Report on enteric fever
Disease focus: Fever
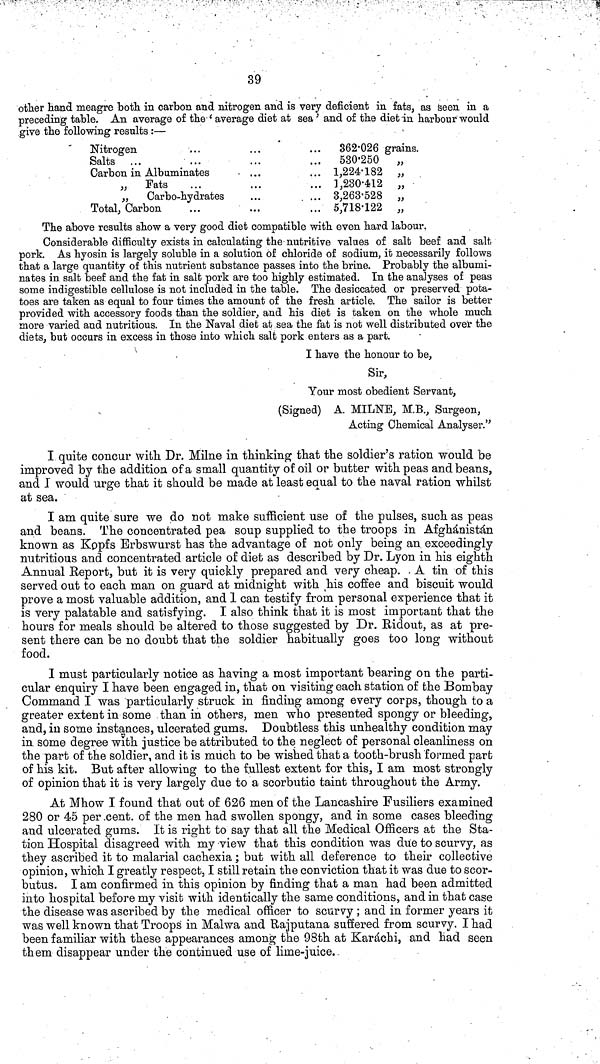
39
other hand meagre both in carbon and nitrogen and is very deficient in fats, as seen in a
preceding table. An average of the 'average diet at sea' and of the diet in harbour would
give the following results :—
Nitrogen ...
Salts ... ...
Carbon in Albuminates
„ Fats ...
„
Carbo-hydrates
Total, Carbon ...
362·026
530·250
1,224·182
1,230·412
3,263·528
5,718·122
grains.
,,
,,
,,
,,
,,
The above results show a very good diet compatible with even hard labour.
Considerable difficulty exists in calculating the nutritive values of salt beef and salt
pork. As hyosin is largely soluble in a solution of chloride of sodium, it necessarily follows
that a large quantity of this nutrient substance passes into the brine. Probably the albumi-
nates in salt beef and the fat in salt pork are too highly estimated. In the analyses of peas
some indigestible cellulose is not included in the table. The desiccated or preserved pota-
toes are taken as equal to four times the amount of the fresh article. The sailor is better
provided with accessory foods than the soldier, and his diet is taken on the whole much
more varied and nutritious. In the Naval diet at sea the fat is not well distributed over the
diets, but occurs in excess in those into which salt pork enters as a part.
I have the honour to be,
Sir,
Your most obedient Servant,
(Signed) A. MILNE, M.B., Surgeon,
Acting Chemical Analyser."
I quite concur with. Dr. Milne in thinking that the soldier's ration would be
improved by the addition of a small quantity of oil or butter with peas and beans,
and I would urge that it should be made at least equal to the naval ration whilst
at sea.
I am quite sure we do not make sufficient use of the pulses, such as peas
and beans. The concentrated pea soup supplied to the troops in Afghánistán
known as Kopfs Erbswurst has the advantage of not only being an exceedingly
nutritious and concentrated article of diet as described by Dr. Lyon in his eighth
Annual Report, but it is very quickly prepared and very cheap. A tin of this
served out to each man on guard at midnight with his coffee and biscuit would
prove a most valuable addition, and 1 can testify from personal experience that it
is very palatable and satisfying. I also think that it is most important that the
hours for meals should be altered to those suggested by Dr. Ridout, as at pre-
sent there can be no doubt that the soldier habitually goes too long without
food.
I must particularly notice as having a most important bearing on the parti-
cular enquiry I have been engaged in, that on visiting each station of the Bombay
Command I was particularly struck in finding among every corps, though to a
greater extent in some than in others, men who presented spongy or bleeding,
and, in some instances, ulcerated gums. Doubtless this unhealthy condition may
in some degree with justice be attributed to the neglect of personal cleanliness on
the part of the soldier, and it is much to be wished that a tooth-brush formed part
of his kit. But after allowing to the fullest extent for this, I am most strongly
of opinion that it is very largely due to a scorbutic taint throughout the Army.
At Mhow I found that out of 626 men of the Lancashire Fusiliers examined
280 or 45 per cent. of the men had swollen spongy, and in some cases bleeding
and ulcerated gums. It is right to say that all the Medical Officers at the Sta-
tion Hospital disagreed with my view that this condition was due to scurvy, as
they ascribed it to malarial cachexia; but with all deference to their collective
opinion, which I greatly respect, I still retain the conviction that it was due to scor-
butus. I am confirmed in this opinion by finding that a man had been admitted
into hospital before my visit with identically the same conditions, and in that case
the disease was ascribed by the medical officer to scurvy ; and in former years it
was well known that Troops in Malwa and Rajputana suffered from scurvy. I had
been familiar with these appearances among the 98th at Karáchi, and had seen
them disappear under the continued use of lime-juice.